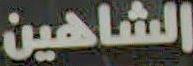
الشاهين